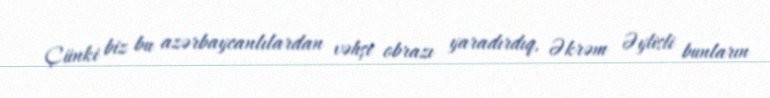
Çünki biz bu azərbaycanlılardan vəhşi obrazı yaradırdıq, Əkrəm Əylisli bunların